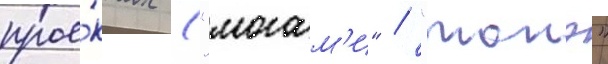
прое́ктах ("могам'и" / "тонэ"